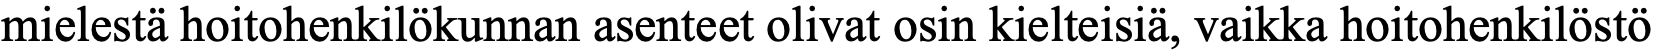
mielestä hoitohenkilökunnan asenteet olivat osin kielteisiä, vaikka hoitohenkilöstö